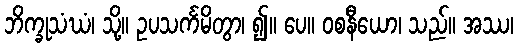
ဘိက္ခုသံဃံ၊ သို့။ ဥပသင်္ကမိတွာ၊ ၍။ ပေ။ ဝစနီယော၊ သည်။ အဿ၊